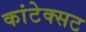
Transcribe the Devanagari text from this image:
कांटेक्सट